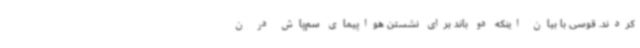
کردند. قوسی با بیان اینکه دو باند برای نشستن هواپیمای سم‌پاش در ن